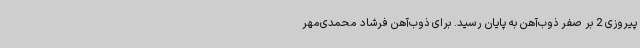
پیروزی 2 بر صفر ذوب‌آهن به پایان رسید. برای ذوب‌آهن فرشاد محمدی‌مهر